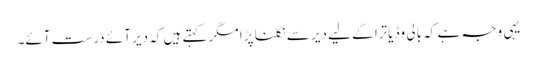
یہی وجہ ہے کہ بالی وڈ یاترا کے لیے دیر سے نکلنا پڑا مگر کہتے ہیں کہ دیر آئے درست آئے۔